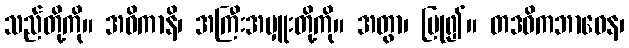
သည်တို့ကို။ အဓိကာနိ၊ အကြီးအမှူးတို့ကို။ အတွာ၊ ပြု၍။ တဒဓိကဘာဝေန၊